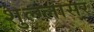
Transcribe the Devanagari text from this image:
शुल्‍ग्‍लासर